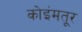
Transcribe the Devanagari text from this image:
कोइंमतूर